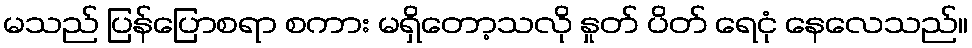
မသည် ပြန်ပြောစရာ စကား မရှိတော့သလို နှုတ် ပိတ် ရေငုံ နေလေသည်။